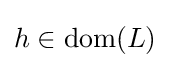
h\in \operatorname {dom} (L)